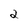
Character: 2